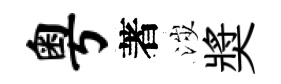
粤著涉奬